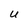
Character: U